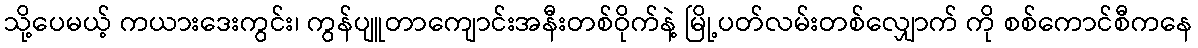
သို့ပေမယ့် ကယားဒေးကွင်း၊ ကွန်ပျူတာကျောင်းအနီးတစ်ဝိုက်နဲ့ မြို့ပတ်လမ်းတစ်လျှောက် ကို စစ်ကောင်စီကနေ